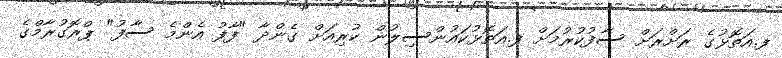
ފ.އަތޮޅުގެ ރަށްރަށް ސާފުކުރުމަށް ފ.އަތޮޅުކައުންސިލުން ކުރިއަށް ގެންދާ "ފާފު އެންމެ ސާފު" ޕްރޮގުރާމްގެ